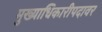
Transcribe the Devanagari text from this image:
मुख्याधिकारीपदावर